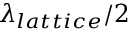
\lambda _ { l a t t i c e } / 2